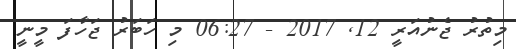
މިތުރު ޖެނުއަރީ 12